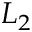
L _ { 2 }